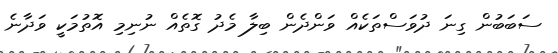
ސަބަބުން ގިނަ ދުވަސްތަކެއް ވަންދެން ބިލާ މެދު ގޮތެއް ނުނިމި އޮތުމަކީ ވަދާނެ